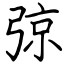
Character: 弶